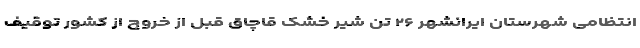
انتظامی شهرستان ایرانشهر ۲۶ تن شیر خشک قاچاق قبل از خروج از کشور توقیف